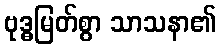
ဗုဒ္ဓမြတ်စွာ သာသနာ၏